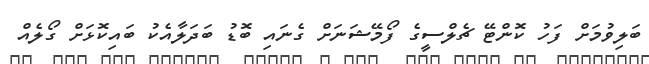
ބަލިވުމަށް ފަހު ކޮންޓޭ ޗެލްސީގެ ފޯމޭޝަނަށް ގެނައި ބޮޑު ބަދަލާއެކު ބައިކޮޅަށް ގޯލެއް